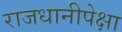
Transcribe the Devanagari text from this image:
राजधानीपेक्षा